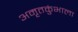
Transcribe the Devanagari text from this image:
अमृतकुंभाला